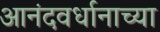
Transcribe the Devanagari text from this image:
आनंदवर्धानाच्या